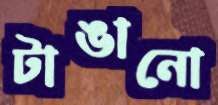
টাঙানো